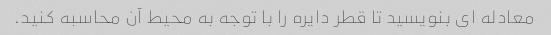
معادله ای بنویسید تا قطر دایره را با توجه به محیط آن محاسبه کنید.